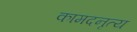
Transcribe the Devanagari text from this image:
कामदनृत्य